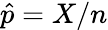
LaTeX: {\hat{p}}=X/n